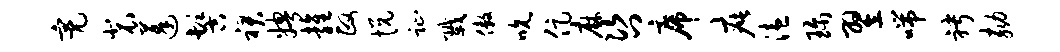
亮裴蓬髻裙娉雍政悦趾戮傲吮促麻咨席疵溘珍翌喘聘劾